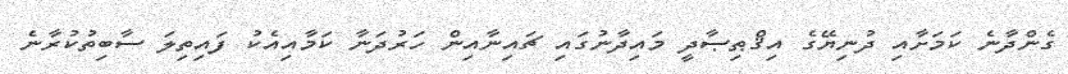
ގެންދާނެ ކަމަށާއި ދުނިޔޭގެ އިޤްޠިޞާދީ މައިދާނުގައި ޗައިނާއިން ހަރުދަނާ ކަމާއިއެކު ފައިތިލަ ސާބިތުކުރާނެ